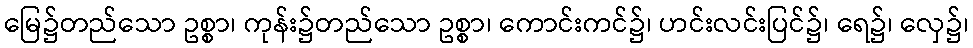
မြေ၌တည်သော ဥစ္စာ၊ ကုန်း၌တည်သော ဥစ္စာ၊ ကောင်းကင်၌၊ ဟင်းလင်းပြင်၌၊ ရေ၌၊ လှေ၌၊